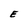
Character: E